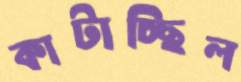
কাটাচ্ছিল